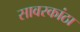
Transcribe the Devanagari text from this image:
सावरकांठा